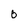
Character: 0